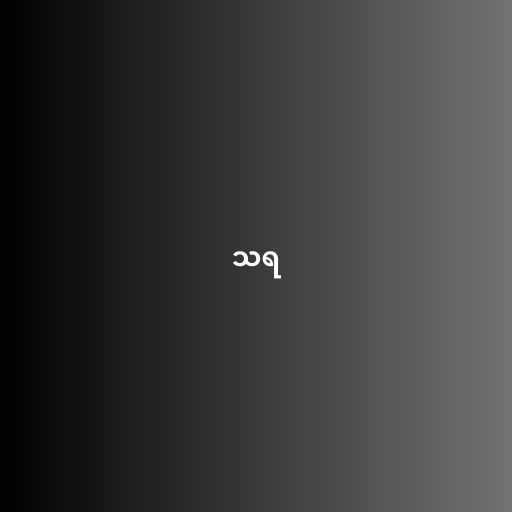
သရ